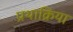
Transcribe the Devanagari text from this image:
प्रथाक्रिया